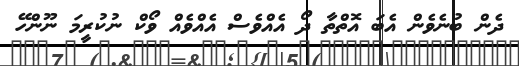
ދެން ބުނެވެން އެބަ އޮތްތާ ދޯ އެއްވެސް އެއްވެއް ވޯކް ނުކުރީމަ ނޫންހޭ